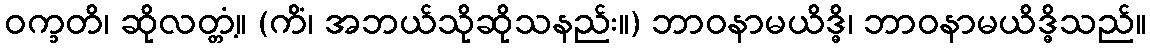
ဝက္ခတိ၊ ဆိုလတ္တံ့။ (ကိံ၊ အဘယ်သိုဆိုသနည်း။) ဘာဝနာမယိဒ္ဓိ၊ ဘာဝနာမယိဒ္ဓိသည်။